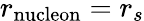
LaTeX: r_{\mathrm{nucleon}}=r_{s}